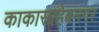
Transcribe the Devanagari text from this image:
काकासाहेबनगर